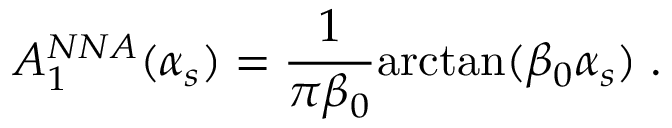
{ A } _ { 1 } ^ { N N A } ( { \alpha } _ { s } ) = \frac { 1 } { { \pi } { \beta } _ { 0 } } { \arctan } ( { \beta } _ { 0 } { \alpha } _ { s } ) \; .